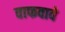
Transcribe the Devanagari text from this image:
वाफवावे